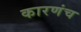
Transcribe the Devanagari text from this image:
कारणंच